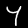
Digit: 4